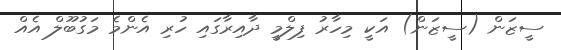
ސީޒަން (ސީޒަން) އަކީ މިހާރު ފިލްމީ ދާއިރާގައި ހުރި އެންމެ މަގުބޫލް އެއް